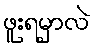
ဖူးရမှာလဲ